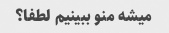
میشه منو ببینیم لطفا؟